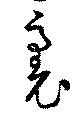
裏